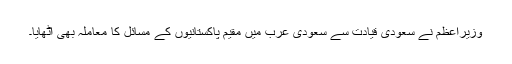
وزیراعظم نے سعودی قیادت سے سعودی عرب میں مقیم پاکستانیوں کے مسائل کا معاملہ بھی اٹھایا۔